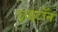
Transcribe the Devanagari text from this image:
ट्राइटॉन